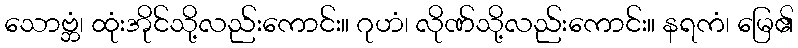
သောဗ္ဘံ၊ ထုံးအိုင်သို့လည်းကောင်း။ ဂုဟံ၊ လိုဏ်သို့လည်းကောင်း။ နရကံ၊ မြေ၏